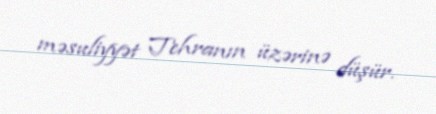
məsuliyyət Tehranın üzərinə düşür.